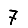
Digit: 7